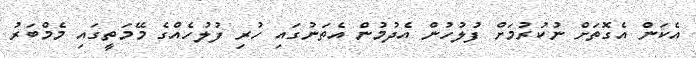
އެކަން އެގޮތަށް ނުކުރުމަށް ފުލުހުން އެދުމުން އެތަނުގައި ހުރި ފުލުހެއްގެ މޭމަތީގައި މެމްބަރު